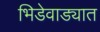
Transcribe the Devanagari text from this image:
भिडेवाड्यात